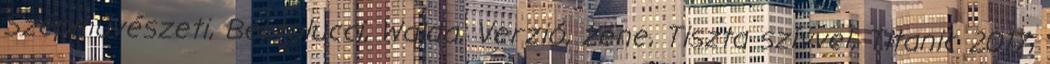
Szépművészeti, Bertolucci, Wajda, Verzió, zene, Tiszta szívvel, Titanic 2017,